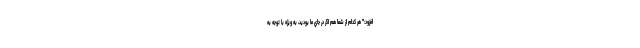
افزود:" هر كدام از شما هم اگر در جاي ما بوديد، به ويژه با توجه به